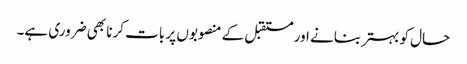
حال کو بہتر بنانے اور مستقبل کے منصوبوں پر بات کرنا بھی ضروری ہے۔